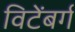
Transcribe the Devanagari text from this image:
विटेंबर्ग